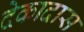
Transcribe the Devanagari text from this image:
देकादास